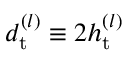
d _ { \mathrm { t } } ^ { ( l ) } \equiv 2 h _ { \mathrm { t } } ^ { ( l ) }